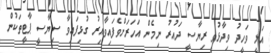
އަލީ ވަހީދު ވިދާޅުވީ ރިޔާސީ ދައުރު ނިމެން އަހަރަށްވެފައިވާއިރު ގުޅިފައިވާ ސިޔާސީ ޕާޓީތަކުން